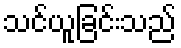
သင်ယူခြင်းသည်